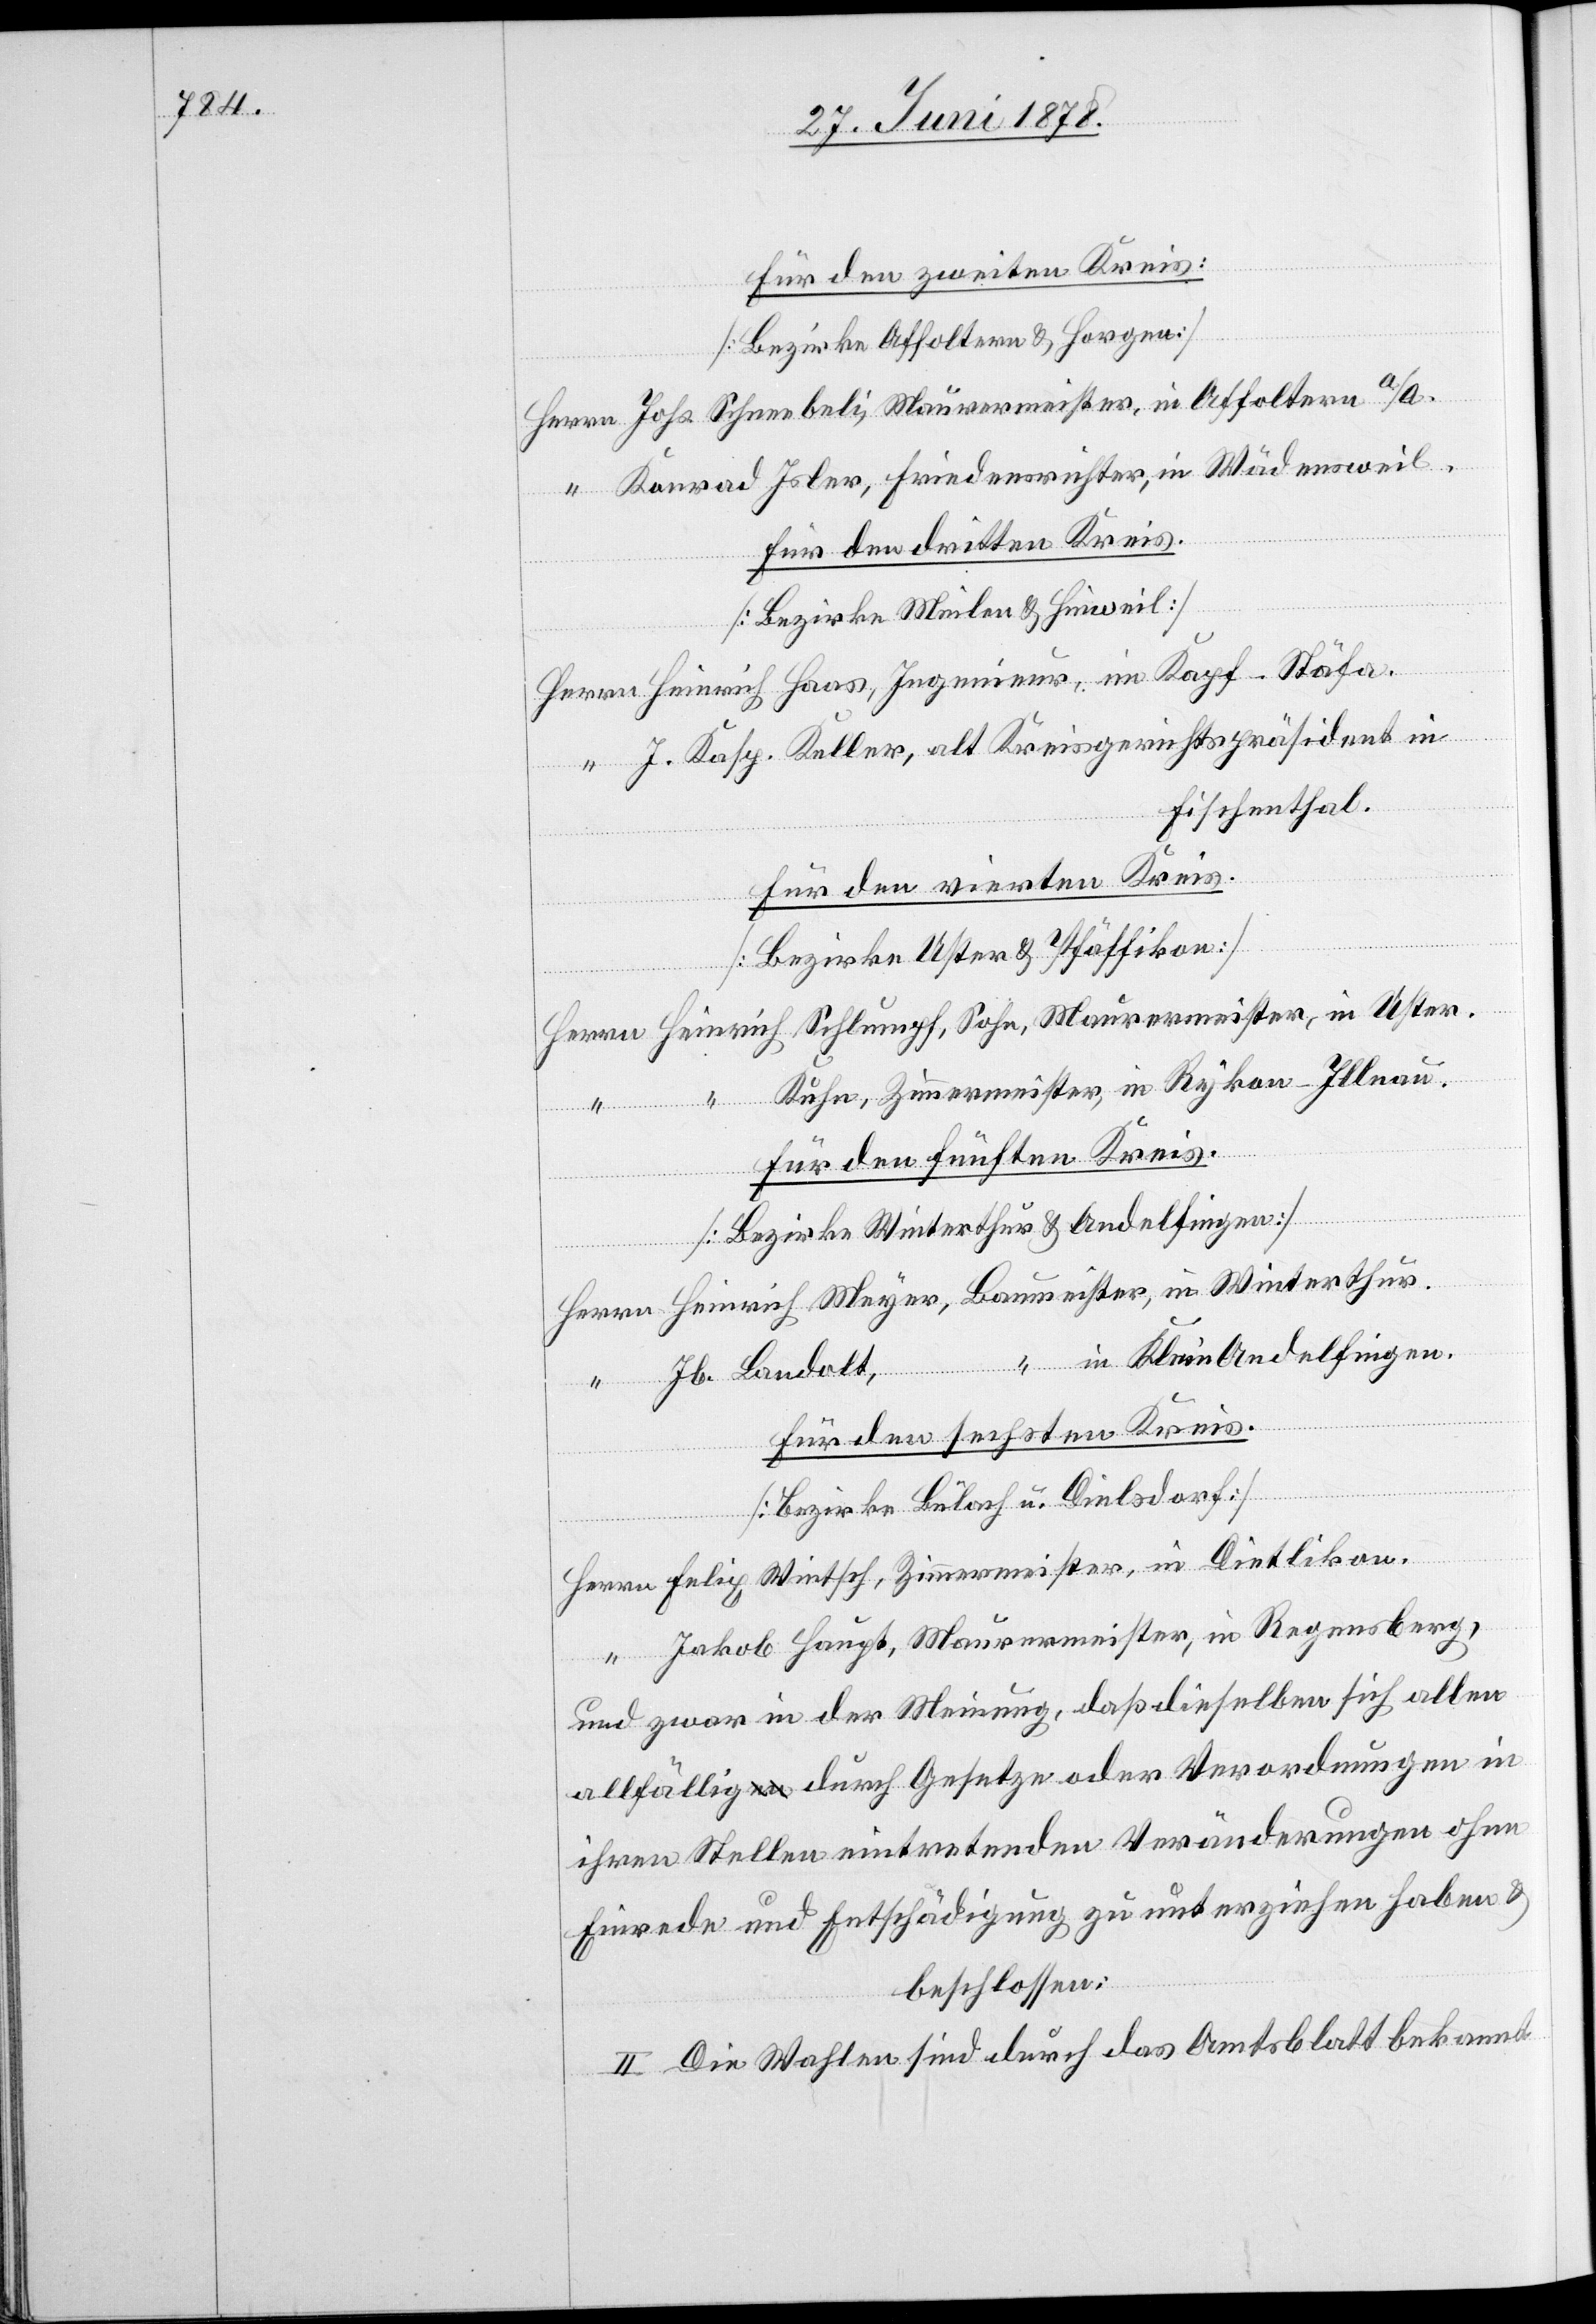
für den zweiten Kreis:
[Bezirke Affoltern & Horgen]
Herrn Johs. Schneebeli, Maurermeister, in Affoltern a/A.
“ Konrad Isler, Friedensrichter, in Wädensweil.
für den dritten Kreis.
Herrn Heinrich Haas, Ingenieur, im Kapf - Stäfa.
“ J. Kasp. Keller, alt Kreisgerichtspräsident in
Fischenthal.
für den vierten Kreis.
[Bezirk Uster & Pfäffikon]
Herrn Heinrich Schlumpf, Sohn, Maurermeister, in Uster.
Kuhn, Zimmermeister, in Rykon - Illnau.
für den fünften Kreis.
[Bezirke Winterthur & Andelfingen]
Herrn Heinrich Meyer, Baumeister, in Winterthur.
“ in Kleinandelfingen.
“ Jb. Landolt,
für den sechsten Kreis.
[Bezirke Bülach u. Diesldorf]
Herrn Felix Wintsch, Zimmermeister, in Dietlikon.
“ Jakob Haupt, Maurermeister, in Regensberg,
und zwar in der Meinung, daß dieselben sich allen
allfällig durch Gesetze oder Verordnungen in
ihren Stellen eintretenden Veränderungen ohne
Einrede und Entschädigung zu unterziehen haben &
beschlossen:
II. Die Wahlen sind durch das Amtsblatt bekannt